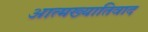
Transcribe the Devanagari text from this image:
आत्मख्यातिवाद